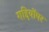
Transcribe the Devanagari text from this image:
गद्दियोंपर